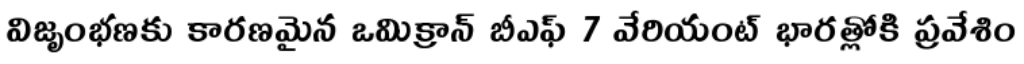
విజృంభణకు కారణమైన ఒమిక్రాన్ బీఎఫ్ 7 వేరియంట్ భారత్లోకి ప్రవేశిం